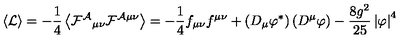
\left\langle { \mathcal L } \right\rangle = - \frac { 1 } { 4 } \left\langle \mathcal { F ^ { A } } _ { \mu \nu } \mathcal F ^ { \mathcal A \mu \nu } \right\rangle = - \frac { 1 } { 4 } f _ { \mu \nu } f ^ { \mu \nu } + \left( D _ { \mu } \varphi ^ { * } \right) \left( D ^ { \mu } \varphi \right) - \frac { 8 g ^ { 2 } } { 2 5 } \left| \varphi \right| ^ { 4 }